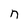
Character: n